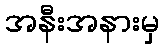
အနီးအနားမှ